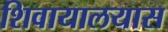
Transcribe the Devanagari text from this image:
शिवायालयास